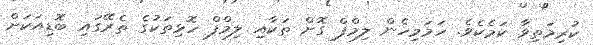
ކުރިމަތިވާ ކަމެކެވެ. ހަމަމިހެން ލިމްފް ގޮށް ތަކާއި ލިމްފް ހޮޅިތަކުގެ ތެރޭގައި ބޮޑިއަކަށް